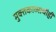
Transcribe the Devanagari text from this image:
मुक्तकाव्याचीही